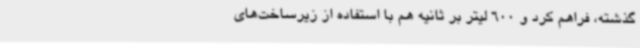
گذشته، فراهم کرد و 600 لیتر بر ثانیه هم با استفاده از زیرساخت‌های